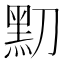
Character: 𪐛